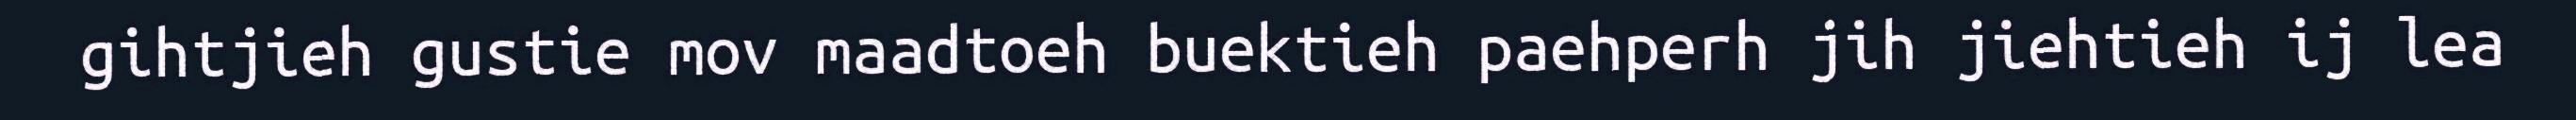
gihtjieh gustie mov maadtoeh buektieh paehperh jih jiehtieh ij lea